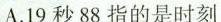
A.19秒88指的是时刻